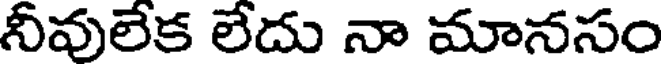
నీవులేక లేదు నా మానసం